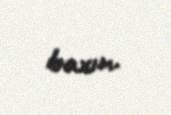
baxın.